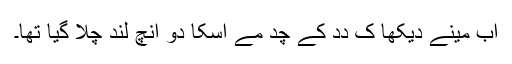
اَب مینے دیکھا کِ دِدِ کے چُد مے اُسکا دو اِنچ لُند چلا گیا تھا۔